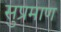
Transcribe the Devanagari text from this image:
सुप्रमाण